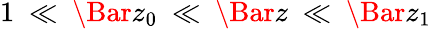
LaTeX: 1~\ll~\Bar{z}_{0}~\ll~\Bar{z}~\ll~\Bar{z}_{1}